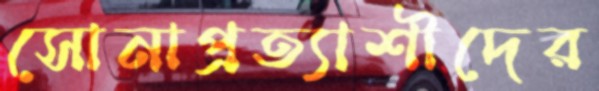
সোনাপ্রত্যাশীদের